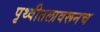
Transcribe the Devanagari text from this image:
पृथ्वीतलावरूनच